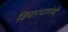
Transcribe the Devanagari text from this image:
विचारधारांची